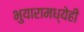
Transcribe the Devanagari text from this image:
भुयारामध्येही